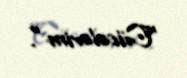
"Cücələrim".